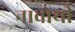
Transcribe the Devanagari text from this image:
नावोयी